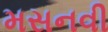
મસનવી